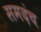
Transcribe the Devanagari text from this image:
समदंच